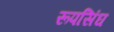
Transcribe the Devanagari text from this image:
रूपसिंघ